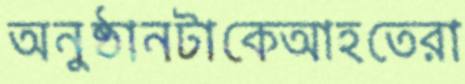
অনুষ্ঠানটাকেআহতেরা